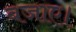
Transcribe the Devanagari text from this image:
बजाए।